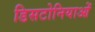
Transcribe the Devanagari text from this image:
डिसटोनियाओं